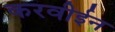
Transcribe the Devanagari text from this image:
करवीईन